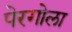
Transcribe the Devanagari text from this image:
पेरगोला